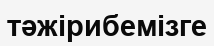
тәжірибемізге